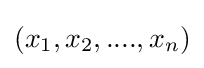
(x_{1},x_{2},....,x_{n})